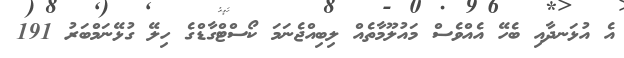
އެ އުޅަނދާއި ބެހޭ އެއްވެސް މައުލޫމާތެއް ލިބިއްޖެނަމަ ކޯސްޓްގާޑްގެ ހިލޭ ގުޅޭނަމްބަރު 191